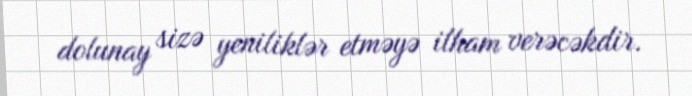
dolunay sizə yeniliklər etməyə ilham verəcəkdir.